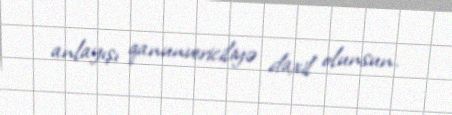
anlayışı qanunvericiliyə daxil olunsun.